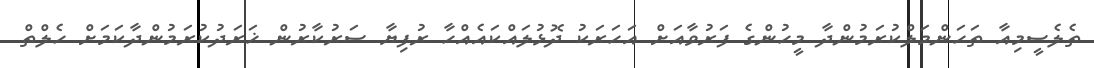
ތެލެސީމިއާ ތަހަންމަލްކުރަމުންދާ މީހުންގެ ފަރުވާއަށް އަހަރަކު ދޮޅުލައްކައެއްހާ ރުފިޔާ ސަރުކާރުން ޚަރަދުކުރަމުންދާކަމަށް ހެލްތް